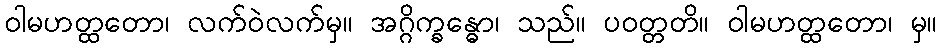
ဝါမဟတ္ထတော၊ လက်ဝဲလက်မှ။ အဂ္ဂိက္ခန္ဓော၊ သည်။ ပဝတ္တတိ။ ဝါမဟတ္ထတော၊ မှ။